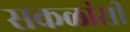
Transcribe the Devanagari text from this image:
सकळांसी